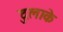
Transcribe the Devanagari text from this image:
दुलाके